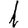
Digit: 1